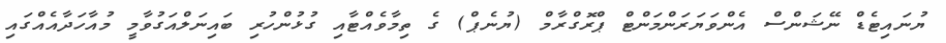
ޔުނައިޓެޑް ނޭޝަންސް އެންވަޔަރަންމަންޓް ޕްރޮގްރާމް (ޔުނެޕް) ގެ ތިމާވެއްޓާއި ގުޅުންހުރި ބައިނަލްއަގުވާމީ މުއާހަދާއެއްގައި